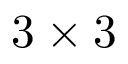
3 \times 3